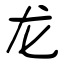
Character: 龙